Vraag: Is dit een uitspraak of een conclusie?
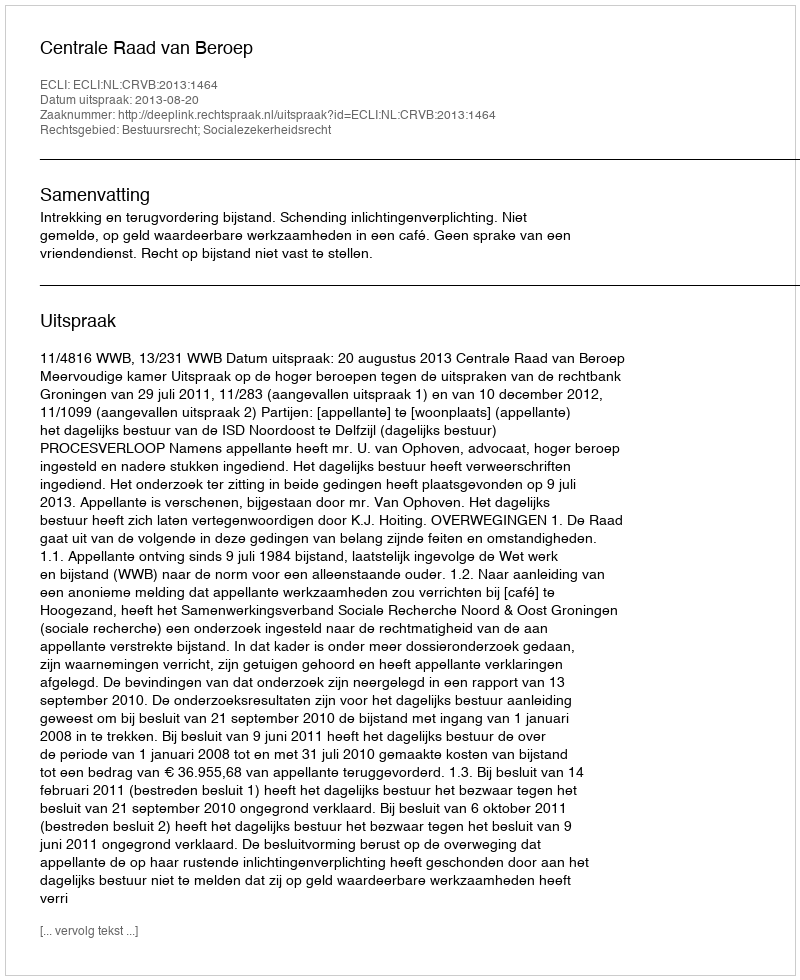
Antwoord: Uitspraak